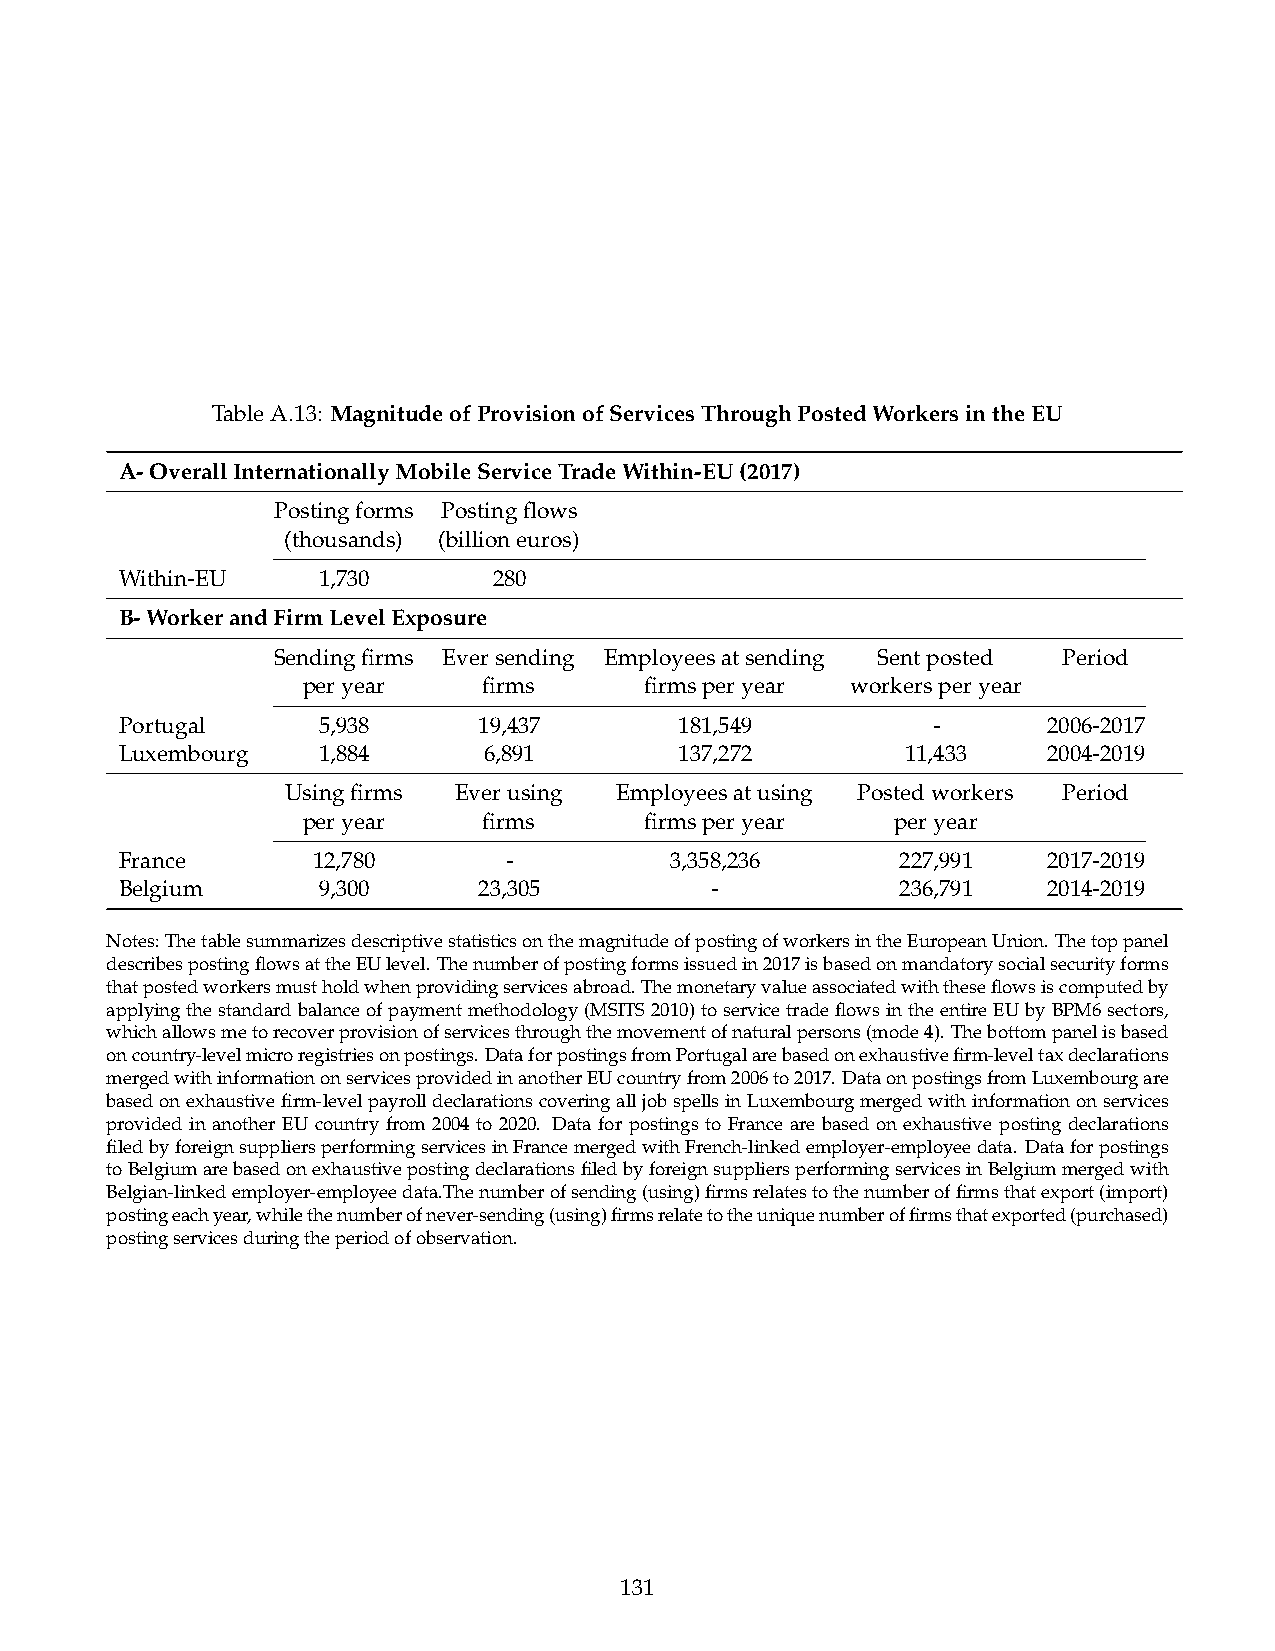
TableA.13: MagnitudeofProvisionofServicesThroughPostedWorkersintheEU
 A-OverallInternationallyMobileServiceTradeWithin-EU(2017)
 Postingforms Postingflows
 (thousands) (billioneuros)
 Within-EU    1,730       280
 B-WorkerandFirmLevelExposure
 Sendingfirms Eversending Employeesatsending Sentposted Period
 peryear     firms      firmsperyear workersperyear
 Portugal     5,938      19,437       181,549          -      2006-2017
 Luxembourg   1,884      6,891        137,272        11,433   2004-2019
 Usingfirms Everusing  Employeesatusing Postedworkers Period
 peryear     firms      firmsperyear    peryear
 France       12,780      -          3,358,236       227,991  2017-2019
 Belgium      9,300      23,305         -            236,791  2014-2019
 Notes:ThetablesummarizesdescriptivestatisticsonthemagnitudeofpostingofworkersintheEuropeanUnion.Thetoppanel
 describespostingflowsattheEUlevel. Thenumberofpostingformsissuedin2017isbasedonmandatorysocialsecurityforms
 thatpostedworkersmustholdwhenprovidingservicesabroad.Themonetaryvalueassociatedwiththeseflowsiscomputedby
 applyingthestandardbalanceofpaymentmethodology(MSITS2010)toservicetradeflowsintheentireEUbyBPM6sectors,
 whichallowsmetorecoverprovisionofservicesthroughthemovementofnaturalpersons(mode4). Thebottompanelisbased
 oncountry-levelmicroregistriesonpostings.DataforpostingsfromPortugalarebasedonexhaustivefirm-leveltaxdeclarations
 mergedwithinformationonservicesprovidedinanotherEUcountryfrom2006to2017.DataonpostingsfromLuxembourgare
 basedonexhaustivefirm-levelpayrolldeclarationscoveringalljobspellsinLuxembourgmergedwithinformationonservices
 provided in another EU country from 2004 to 2020. Data for postings to France are based on exhaustive posting declarations
 filedbyforeignsuppliersperformingservicesinFrancemergedwithFrench-linkedemployer-employeedata. Dataforpostings
 toBelgiumarebasedonexhaustivepostingdeclarationsfiledbyforeignsuppliersperformingservicesinBelgiummergedwith
 Belgian-linkedemployer-employeedata.Thenumberofsending(using)firmsrelatestothenumberoffirmsthatexport(import)
 postingeachyear,whilethenumberofnever-sending(using)firmsrelatetotheuniquenumberoffirmsthatexported(purchased)
 postingservicesduringtheperiodofobservation.
 131